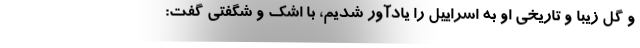
و گل زیبا و تاریخی او به اسراییل را یادآور شدیم، با اشک و شگفتی گفت: